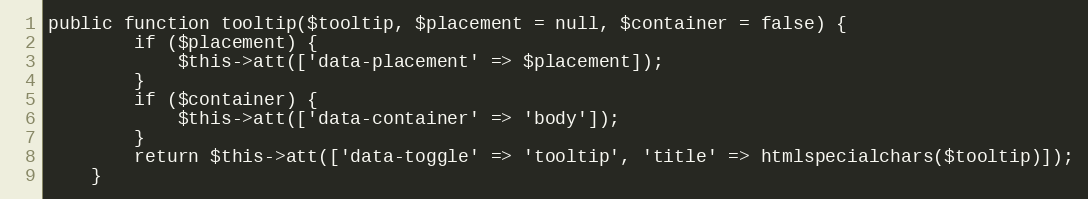
Language: PHP
public function tooltip($tooltip, $placement = null, $container = false) {
        if ($placement) {
            $this->att(['data-placement' => $placement]);
        }
        if ($container) {
            $this->att(['data-container' => 'body']);
        }
        return $this->att(['data-toggle' => 'tooltip', 'title' => htmlspecialchars($tooltip)]);
    }